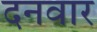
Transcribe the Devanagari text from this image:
दनवार